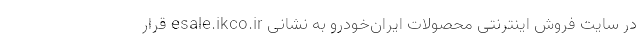
در سایت فروش اینترنتی محصولات ایران‌خودرو به نشانی esale.ikco.ir قرار